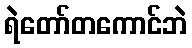
ရဲတော်တကောင်ဘဲ